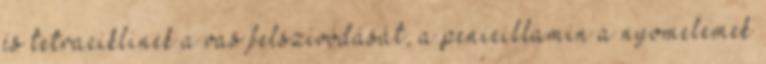
és tetraciklinek a vas felszívódását, a penicillamin a nyomelemek